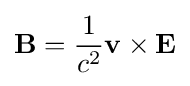
\mathbf {B} ={\frac {1}{c^{2}}}\mathbf {v} \times \mathbf {E}